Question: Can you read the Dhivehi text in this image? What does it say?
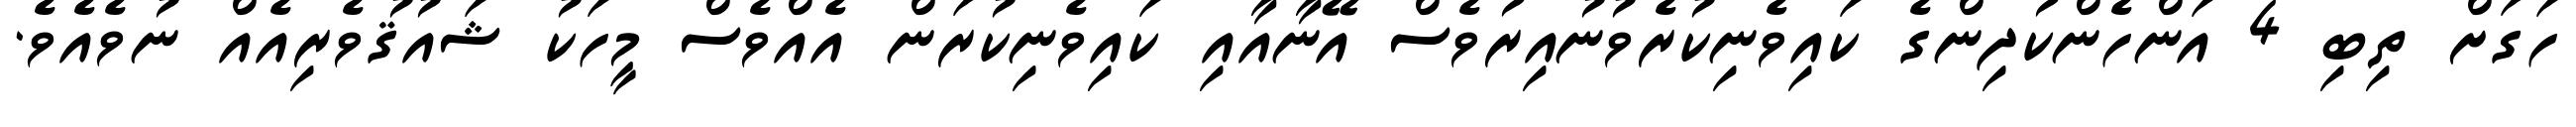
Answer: ހަގަށް ތިބި 4 އަންހެންކުދިންގެ ކައިވެނިކުރެވުނުއިރުވެސް އޭނާއާއި ކައިވެނިކުރަން އެއްވެސް މީހަކު ޝައުޤުވެރިއެއް ނުވެއެވެ.